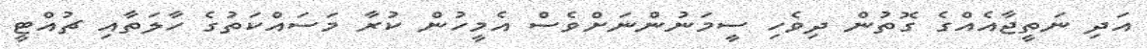
އަދި ނަތީޖާއެއްގެ ގޮތުން ދިވެހި ސީމަނުންނަށްވެސް އެމީހުން ކުރާ މަސައްކަތުގެ ހާލަތާއި ޗުއްޓީ